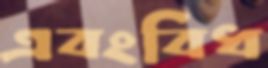
এবংবিধ